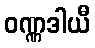
ဝဏ္ဏဒါယီ